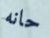
حانه